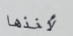
لأخذها